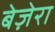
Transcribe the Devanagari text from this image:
बेज़ेरा